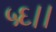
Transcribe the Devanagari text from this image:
५६।।